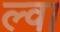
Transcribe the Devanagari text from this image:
ल्वा